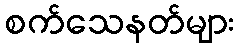
စက်သေနတ်များ